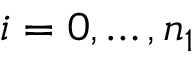
i = 0 , \ldots , n _ { 1 }